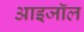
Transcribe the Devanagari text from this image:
आइजॉल